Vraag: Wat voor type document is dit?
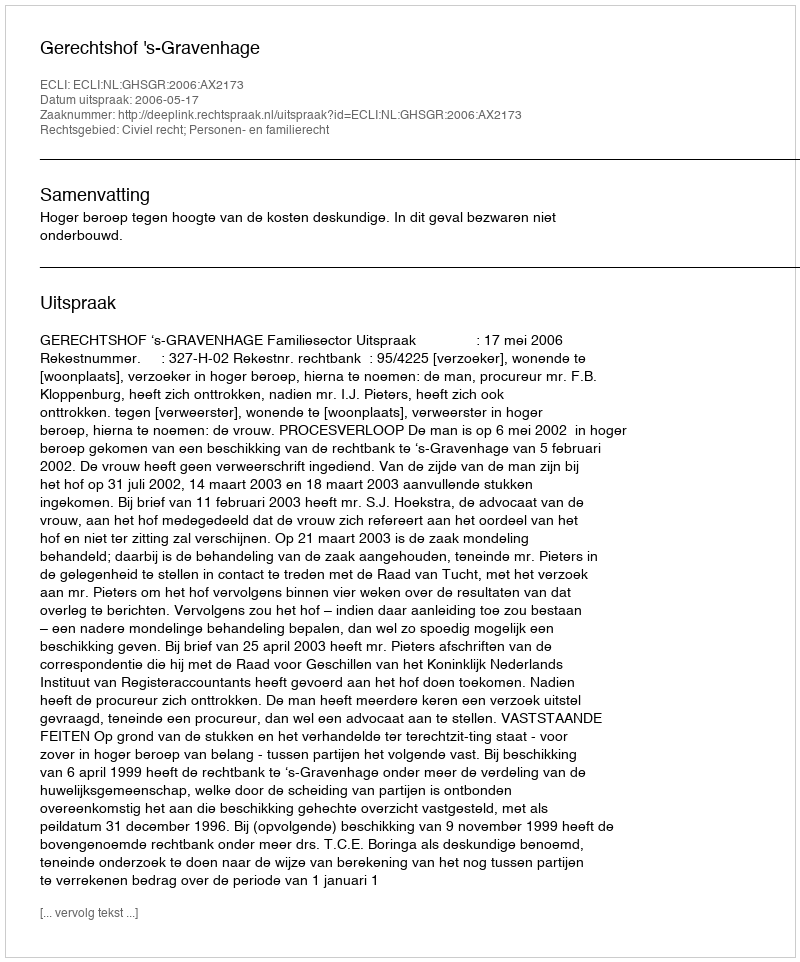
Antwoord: Uitspraak